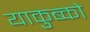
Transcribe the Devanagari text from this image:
याकुब्को